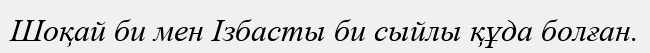
Шоқай би мен Ізбасты би сыйлы құда болған.